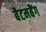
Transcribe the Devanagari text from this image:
बैटमबैंग